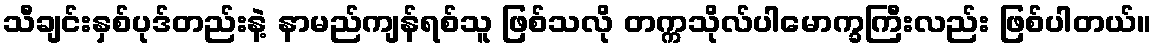
သီချင်းနှစ်ပုဒ်တည်းနဲ့ နာမည်ကျန်ရစ်သူ ဖြစ်သလို တက္ကသိုလ်ပါမောက္ခကြီးလည်း ဖြစ်ပါတယ်။